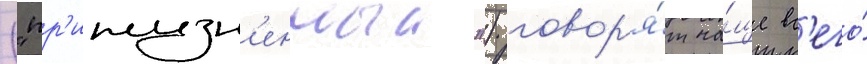
("пр'ижизн'енныи") говор'я́т ча́ще вс'его́